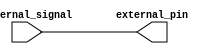
module open_drain_buffer (input internal_signal, output external_pin);

assign external_pin = internal_signal;

endmodule